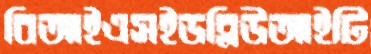
বিআইএসইডব্লিউআইটি